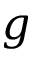
g